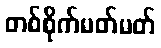
တစ်စိုက်မတ်မတ်